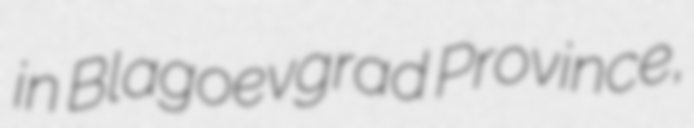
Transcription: in Blagoevgrad Province,